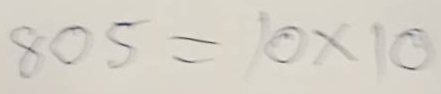
805 = 10x10